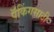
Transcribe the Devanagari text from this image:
पॅकिंगसाठी